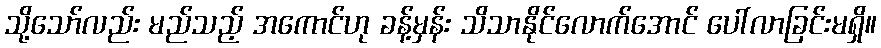
သို့သော်လည်း မည်သည့် အကောင်ဟု ခန့်မှန်း သိသာနိုင်လောက်အောင် ပေါ်လာခြင်းမရှိ။